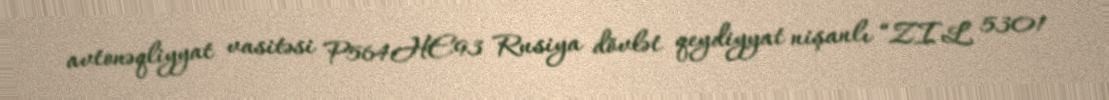
avtonəqliyyat vasitəsi P564HE93 Rusiya dövlət qeydiyyat nişanlı “ZIL 5301